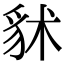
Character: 𧲷